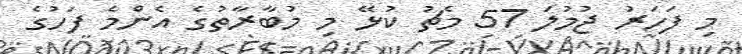
މި ފަހަރު ޖުމުލަ 57 މެޗު ކުޅޭ މި މުބާރާތުގެ އެންމެ ފަހުގެ